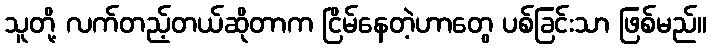
သူတို့ လက်တည့်တယ်ဆိုတာက ငြိမ်နေတဲ့ဟာတွေ ပစ်ခြင်းသာ ဖြစ်မည်။